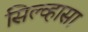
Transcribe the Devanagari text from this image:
सिल्व्हासा